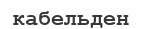
кабельден